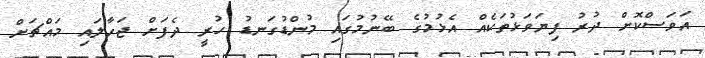
އަވަސްކޮށް ދުރު ފިޔަވަޅުތަކެއް އެޅުމުގެ ބޭނުމުގައި މުންޑުގަނޑު ހުރީ ދެފަށް ޖަހާލައި މައްޗަށް